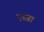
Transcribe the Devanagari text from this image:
एस्जा